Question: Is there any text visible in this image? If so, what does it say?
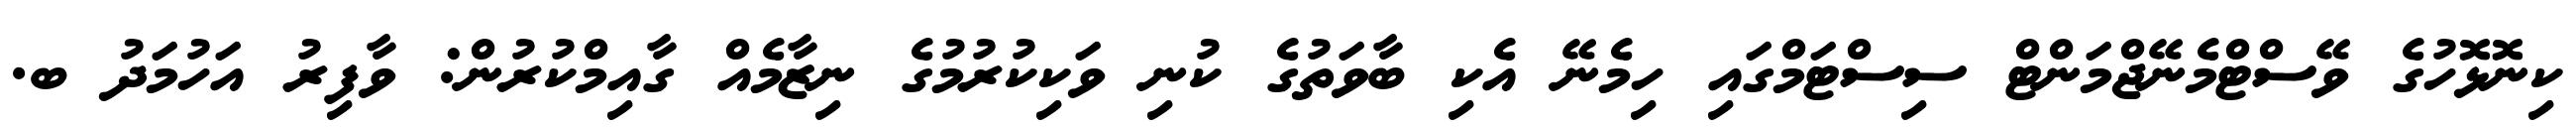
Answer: ކިނޮޅޮހުގެ ވޭސްޓްމެނޭޖްމަންޓް ސިސްޓަމްގައި ހިމެނޭ އެކި ބާވަތުގެ ކުނި ވަކިކުރުމުގެ ނިޒާމެއް ގާއިމްކުރުން: ވާފިރު އަހުމަދު ބ.